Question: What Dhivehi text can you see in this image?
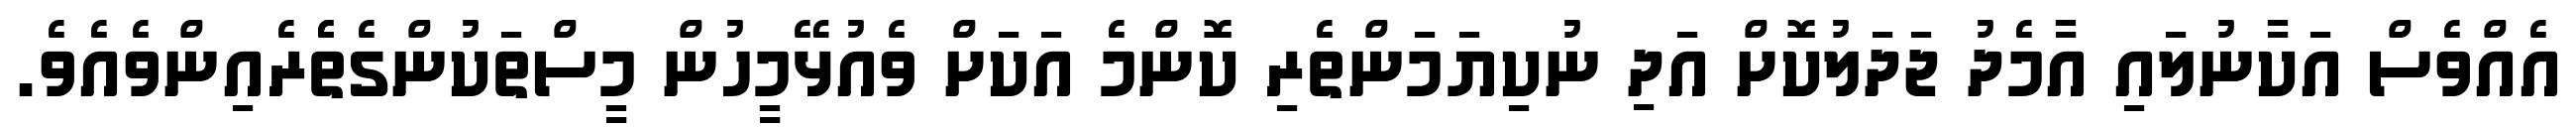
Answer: އެއްވެސް އަކާނުލައި އާމެދު ޖަދަލުކޮށް އަދި ނުކިޔަމަންތެރި ކޮންމެ އަކަށް ވެއުޅޭމީހުން މީސްތަކުންގެތެެރެއިންވެއެވެ.